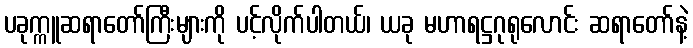
ပခုက္ကူဆရာတော်ကြီးများကို ပင့်လိုက်ပါတယ်၊ ယခု မဟာရဋ္ဌဂုရုလောင်း ဆရာတော်နဲ့